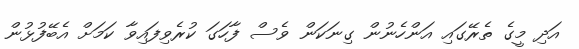
އަދި މީގެ ތެރޭގައި އަންހެނުން ގިނަކަން ވެސް ފާހަގަ ކުރެވިފައިވާ ކަމަށް އެބޭފުޅުން